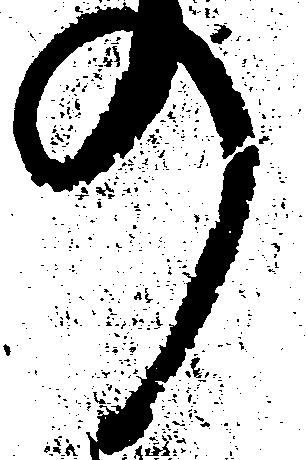
の